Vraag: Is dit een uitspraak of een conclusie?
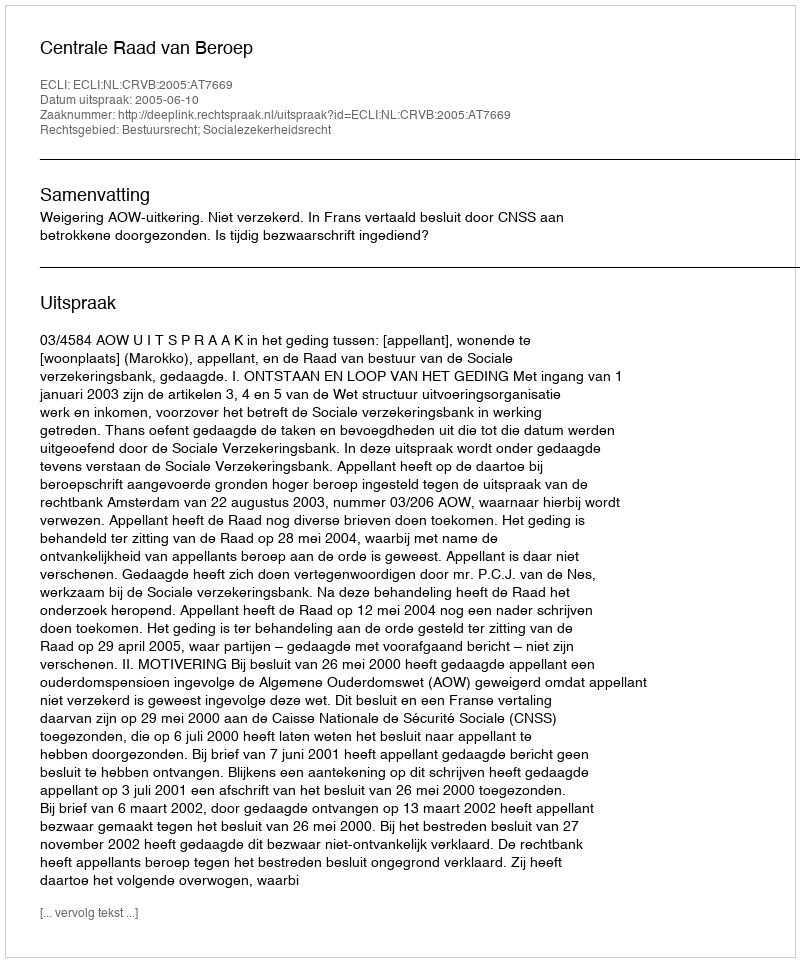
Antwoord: Uitspraak